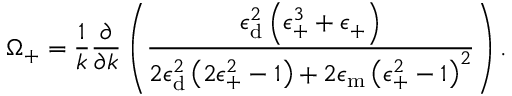
\Omega _ { \mathrm { + } } = \frac { 1 } { k } \frac { \partial } { \partial k } \left( \frac { \epsilon _ { \mathrm { { d } } } ^ { 2 } \left( \epsilon _ { \mathrm { + } } ^ { 3 } + \epsilon _ { \mathrm { + } } \right) } { 2 \epsilon _ { \mathrm { { d } } } ^ { 2 } \left( 2 \epsilon _ { \mathrm { + } } ^ { 2 } - 1 \right) + 2 \epsilon _ { \mathrm { { m } } } \left( \epsilon _ { \mathrm { + } } ^ { 2 } - 1 \right) ^ { 2 } } \right) .